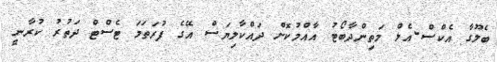
ބެލޫގާ އެކްސް-އެލް މަތިންދާބޯޓު އާއްމުކޮށް ދައްކާލިޔަސް އޭގެ ފުރަތަމަ ޓެސްޓް ދަތުރު ކުރާނީ